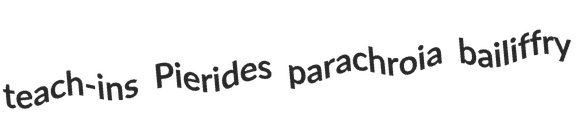
teach-ins Pierides parachroia bailiffry